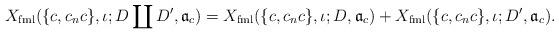
LaTeX: \begin{align*} X_{\mathrm{fml}}(\{c,c_nc\},\iota;D \coprod D',\mathfrak a_c)=X_{\mathrm{fml}}(\{c,c_nc\},\iota;D,\mathfrak a_c)+X_{\mathrm{fml}}(\{c,c_nc\},\iota;D',\mathfrak a_c).\end{align*}